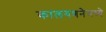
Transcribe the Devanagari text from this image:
कालगणनेमध्ये